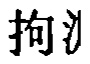
拘汋